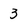
Character: 3